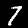
Digit: 7